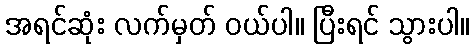
အရင်ဆုံး လက်မှတ် ဝယ်ပါ။ ပြီးရင် သွားပါ။